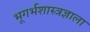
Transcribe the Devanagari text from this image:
भूगर्भशास्त्रज्ञाला